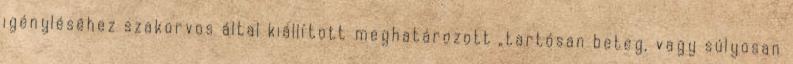
igényléséhez szakorvos által kiállított meghatározott „tartósan beteg, vagy súlyosan